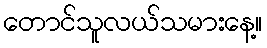
တောင်သူလယ်သမားနေ့။